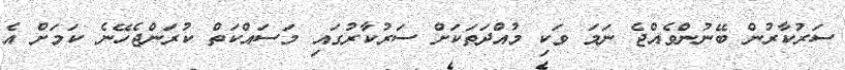
ސަރުކާރުން ބޭނުންވެއްޖެ ނަމަ ވަކި މުއްދަތަކަށް ސަރުކާރުގައި މަސައްކަތް ކުރަންޖެހޭނެ ކަމަށް އެ